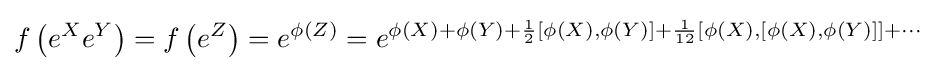
f\left(e^{X}e^{Y}\right)=f\left(e^{Z}\right)=e^{\phi (Z)}=e^{\phi (X)+\phi (Y)+{\frac {1}{2}}[\phi (X),\phi (Y)]+{\frac {1}{12}}[\phi (X),[\phi (X),\phi (Y)]]+\cdots }